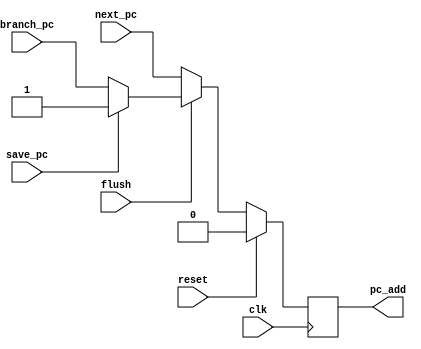
`timescale 1ns / 1ns

module pc#(
	   parameter WIDTH = 1
	   )(
	     input 		    clk,
	     input 		    reset,
	     input 		    flush,
	     input [WIDTH-1:0] 	    next_pc,
	     input [WIDTH-1:0] 	    save_pc,
	     input [WIDTH-1:0] 	    branch_pc,
	     output reg [WIDTH-1:0] pc_add
	     );
   
   
   always @(posedge clk)
     if(reset)
	  pc_add <= 0;
     else if(flush)
       begin
	  if(save_pc == 0)
	    pc_add <= branch_pc;
	  else
	    pc_add <= save_pc;
       end
     else
       pc_add <= next_pc;
   
 

endmodule // pc